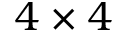
4 \times 4